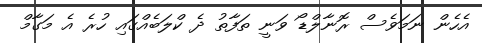
އެހެން ނަމަވެސް ރޮނާލްޑޯ ވަނީ ތަފާތު ދެ ކްލަބެއްގައި ހުރެ އެ މަގާމް